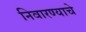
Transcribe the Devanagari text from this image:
निवारण्याचे